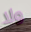
ولا